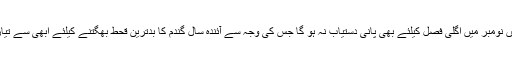
sیوں محسوس ہوتا ہے کہ انہیں نومبر میں اگلی فصل کیلئے بھی پانی دستیاب نہ ہو گا جس کی وجہ سے آئندہ سال گندم کا بدترین قحط بھگتنے کیلئے ابھی سے تیاری شروع کر دینی چاہیے۔